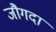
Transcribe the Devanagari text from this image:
जौगदा